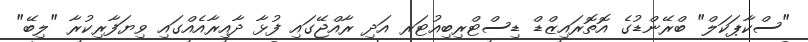
"ސްކާޕަކަލް" ބްރޭންޑުގެ އޮތޮރައިޒްޑް ޑިސްޓްރިބިއުޓަރ އަދި ރާއްޖޭގައި ފުޅާ ދާއިރާއެއްގައި ވިޔަފާރިކުރާ "ލިބޭ"